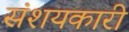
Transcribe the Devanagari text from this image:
संशयकारी